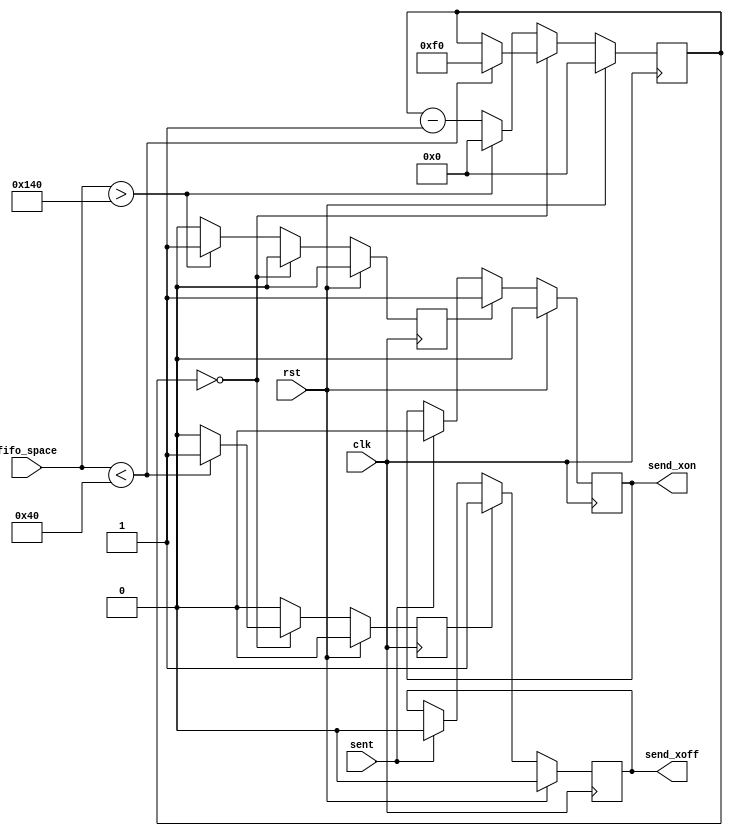
module serdes_fc_rx
  #(parameter LWMARK = 64,
    parameter HWMARK = 320)
    (input clk, input rst,
     input [15:0] fifo_space, 
     output reg send_xon,
     output reg send_xoff,
     input sent);
   reg [15:0] 	  countdown;
   reg 		  send_xon_int, send_xoff_int;
   always @(posedge clk)
     if(rst)
       begin
	  send_xon_int <= 0;
	  send_xoff_int <= 0;
	  countdown <= 0;
       end
     else 
       begin
	  send_xon_int <= 0;
	  send_xoff_int <= 0;
	  if(countdown == 0)
	    if(fifo_space < LWMARK)
	      begin
		 send_xoff_int <= 1;
		 countdown <= 240;
	      end
	    else
	      ;
	  else
	    if(fifo_space > HWMARK)
	      begin
		 send_xon_int <= 1;
		 countdown <= 0;
	      end
	    else
	      countdown <= countdown - 1;
       end 
   always @(posedge clk)
     if(rst)
       send_xon <= 0;
     else if(send_xon_int)
       send_xon <= 1;
     else if(sent)
       send_xon <= 0;
   always @(posedge clk)
     if(rst)
       send_xoff <= 0;
     else if(send_xoff_int)
       send_xoff <= 1;
     else if(sent)
       send_xoff <= 0;
endmodule